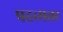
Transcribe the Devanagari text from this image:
पदव्यत्तर